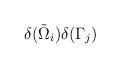
LaTeX: \begin{align*} \delta(\tilde{\Omega}_i )\delta(\Gamma_j )\end{align*}